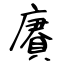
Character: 賡